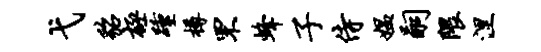
弋貂极踵樽罘蜂子侍媪嗣隈涅